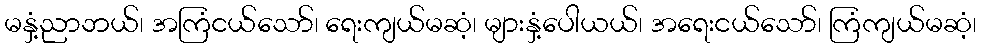
မနှံ့ညာဘယ်၊ အကြံငယ်သော်၊ ရေးကျယ်မဆံ့၊ များနှံ့ပေါယယ်၊ အရေးငယ်သော်၊ ကြံကျယ်မဆံ့၊